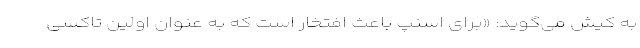
به کیش می‌گوید: «برای اسنپ باعث افتخار است که به عنوان اولین تاکسی